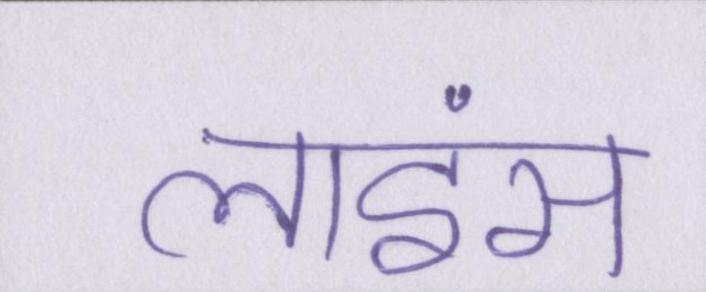
लाइंस